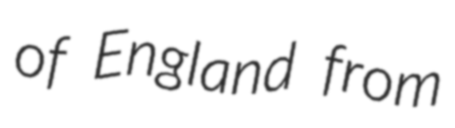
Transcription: of England from